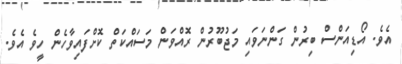
އެވެ. އޯޑިއަންސް ބިރުން ގަންނަވައި މަޖުބޫރުން ރޮއްވަން މަސައްކަތް ކޮށްފައިވާހެން ހީވެ އެވެ.